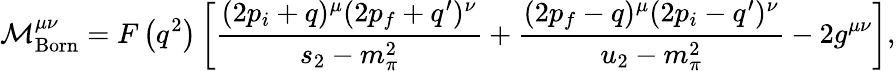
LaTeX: {\cal M}_{\mathrm{Born}}^{\mu\nu}=F\left(q^{2}\right)\left[\frac{(2p_{i}+q)^{\mu}(2p_{f}+q^{\prime})^{\nu}}{s_{2}-m_{\pi}^{2}}+\frac{(2p_{f}-q)^{\mu}(2p_{i}-q^{\prime})^{\nu}}{u_{2}-m_{\pi}^{2}}-2g^{\mu\nu}\right],